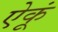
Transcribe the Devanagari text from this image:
ऐकूं